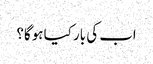
اب کی بار کیا ہوگا؟